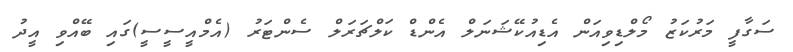
ސަގާފީ މަރުކަޒު މޯލްޑިވިއަން އެޑިއުކޭޝަނަލް އެންޑް ކަލްޗަރަލް ސެންޓަރު (އެމްއީސީސީ)ގައި ބޭއްވި އީދު